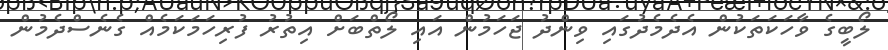
ލޯބީގެ ވާހަކަތަކުން އެދެމެދުގައި ވިންދު ޖަހަމުން އައި ލޯތްބަށް އިތުރު ފުރިހަމަކަމެއް ގެނެސްދެމުން